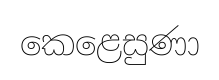
කෙළෙසුණා